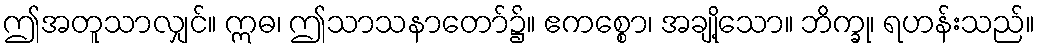
ဤအတူသာလျှင်။ ဣဓ၊ ဤသာသနာတော်၌။ ဧကစ္စော၊ အချို့သော။ ဘိက္ခု၊ ရဟန်းသည်။